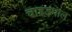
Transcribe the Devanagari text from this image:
चाहड़पाल